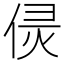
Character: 𠊕